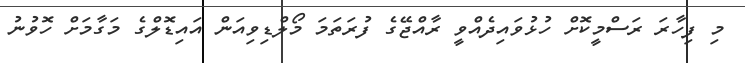
މި ފިހާރަ ރަސްމީކޮށް ހުޅުވައިދެއްވީ ރާއްޖޭގެ ފުރަތަމަ މޯލްޑިވިއަން އައިޑޮލްގެ މަގާމަށް ހޮވުނު